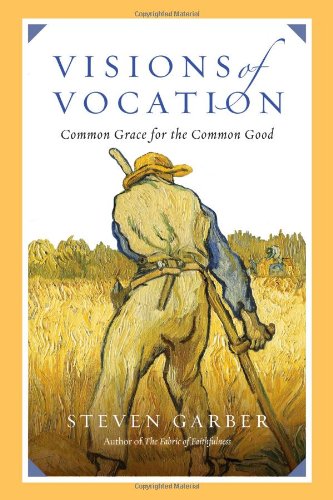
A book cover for Visions of Vocation: Common Grace for the Common Good; Steven Garber; Christian Books & Bibles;